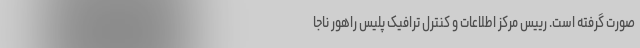
صورت گرفته است. رییس مرکز اطلاعات و کنترل ترافیک پلیس راهور ناجا